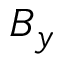
B _ { y }